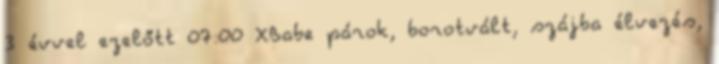
3 évvel ezelőtt 07:00 XBabe párok, borotvált, szájba élvezés,